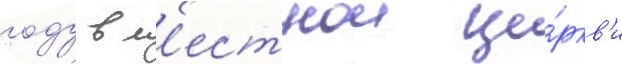
году в м'естнои це́ркв'и